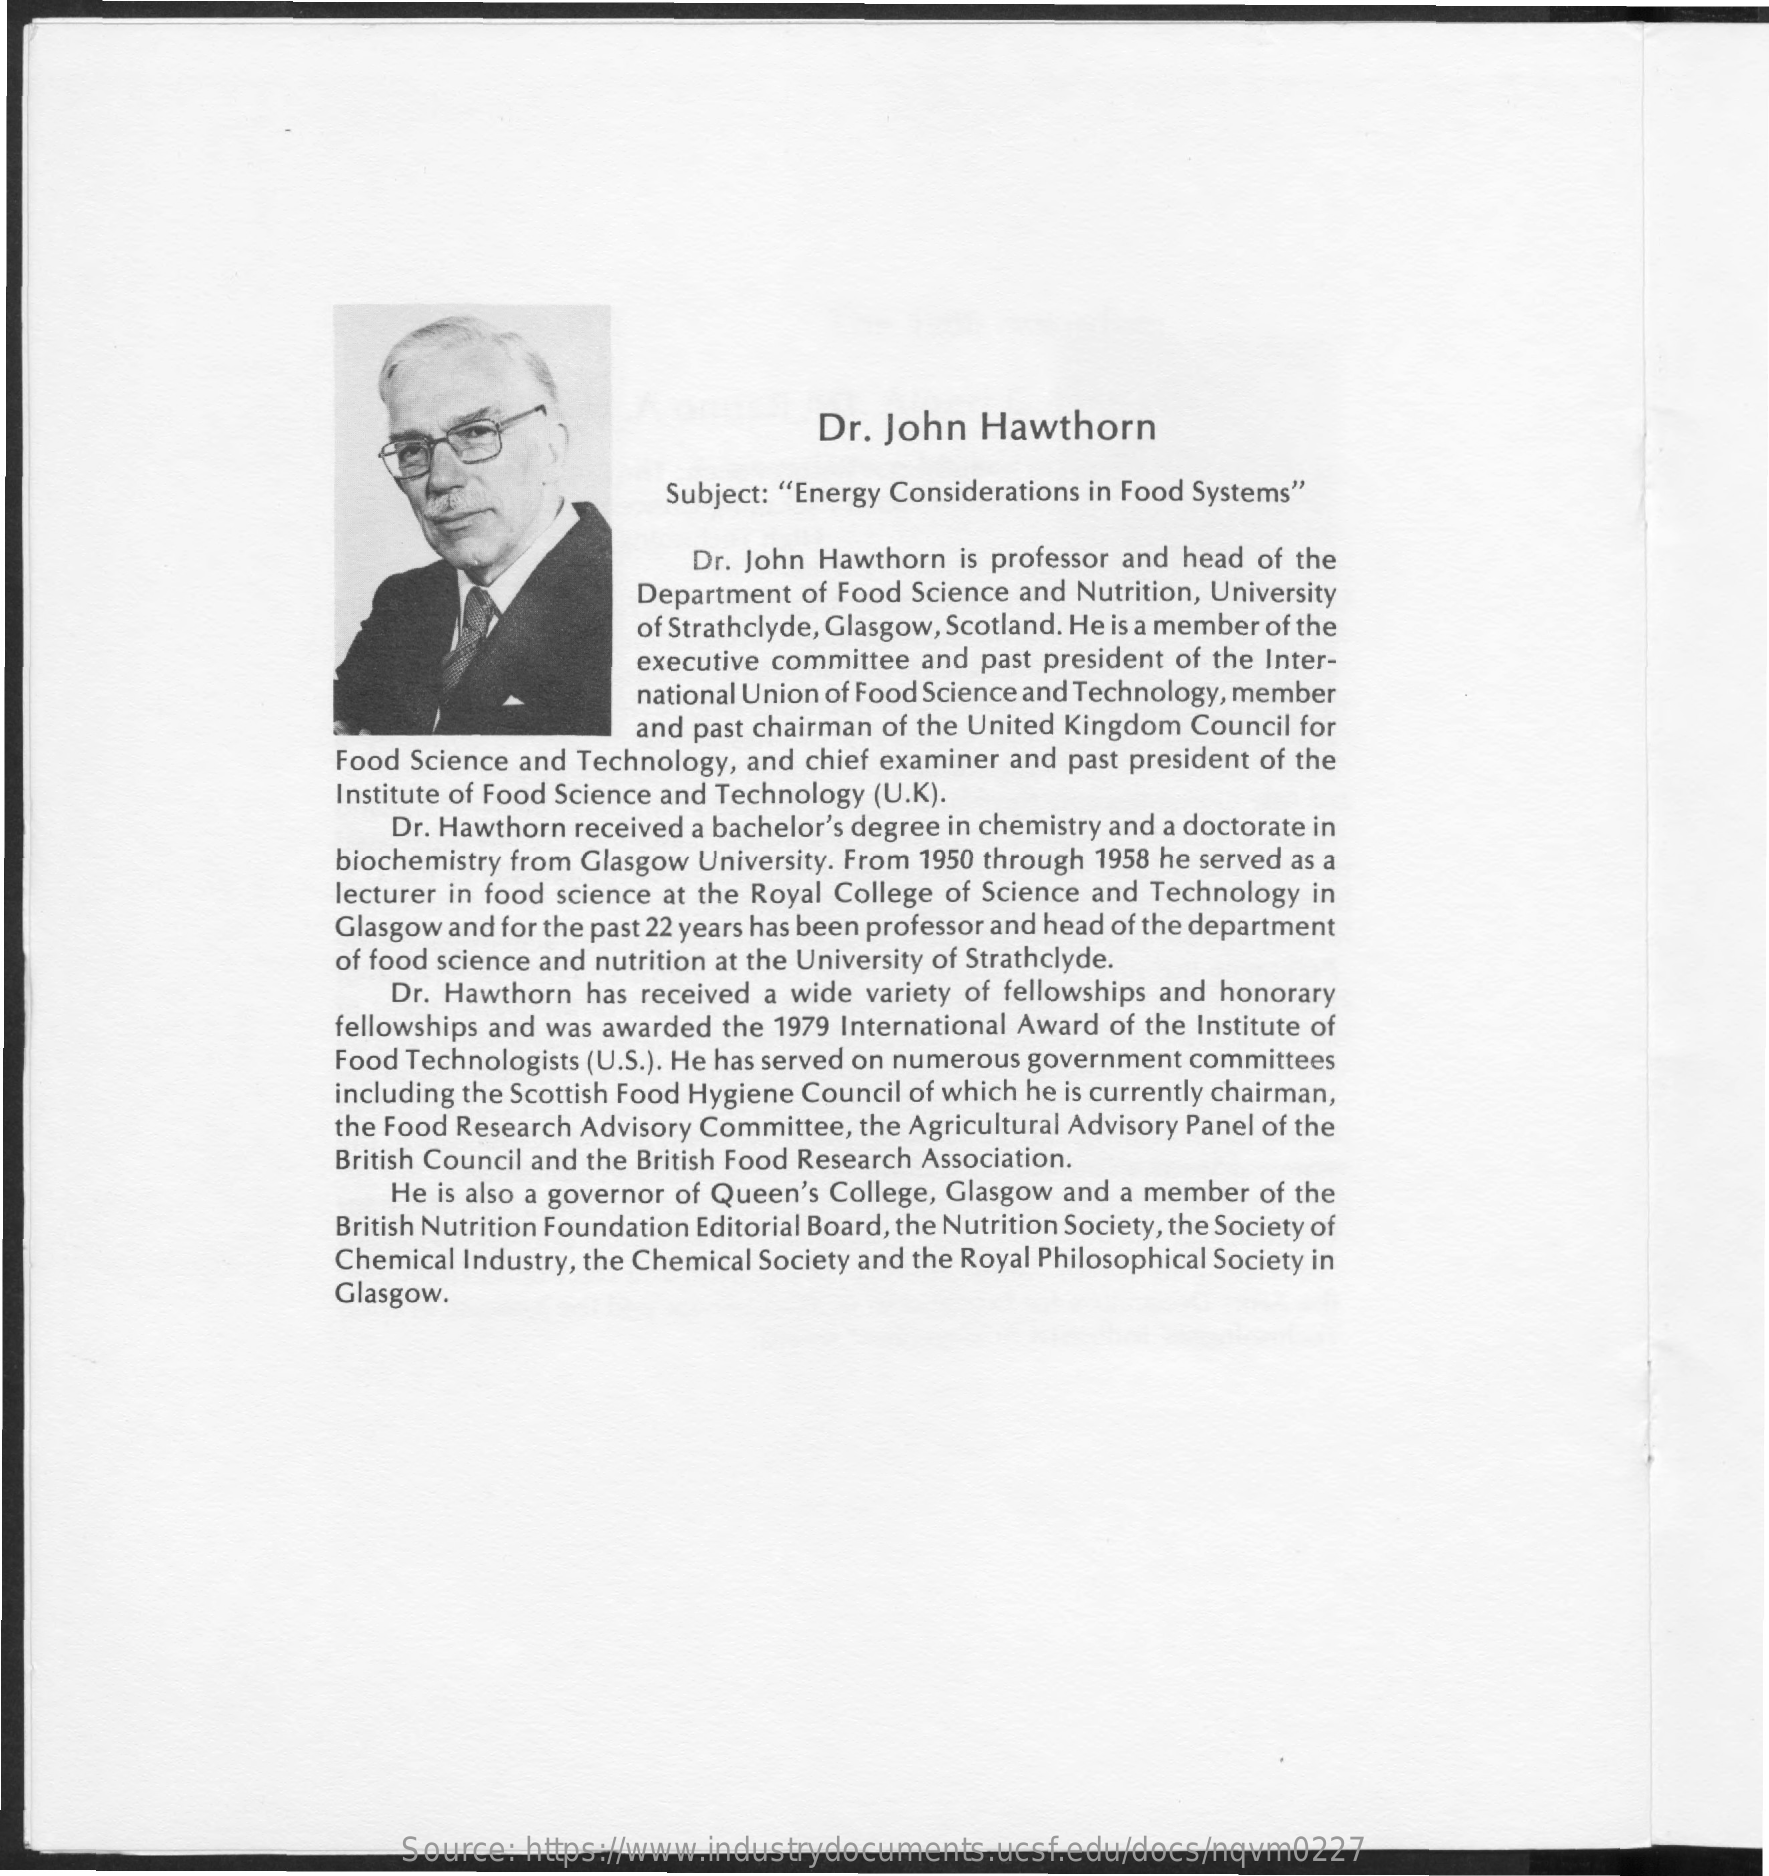
Dr.  John   Hawthorn
     Subject: "Energy Considerations in Food Systems"
     Dr. John Hawthorn  is professor and head of the
     Department  of Food Science and Nutrition, University
     of Strathclyde, Glasgow, Scotland. He is a member of the
     executive committee  and past president of the Inter-
     national Union of Food Science and Technology, member
     and past chairman of the United Kingdom Council for
     Food Science and Technology, and chief examiner and  past president of the
     Institute of Food Science and Technology (U.K).
     Dr. Hawthorn  received a bachelor's degree in chemistry and a doctorate in
     biochemistry from Glasgow University. From 1950 through 1958 he served as a
     lecturer in food science at the Royal College of Science and Technology in
     Glasgow and for the past 22 years has been professor and head of the department
     of food science and nutrition at the University of Strathclyde.
     Dr. Hawthorn  has received a wide  variety of fellowships and honorary
     fellowships and was awarded the 1979 International Award of the Institute of
     Food Technologists (U.S.). He has served on numerous government committees
     including the Scottish Food Hygiene Council of which he is currently chairman,
     the Food Research Advisory Committee, the Agricultural Advisory Panel of the
     British Council and the British Food Research Association.
     He  is also a governor of Queen's College, Glasgow and a member of the
     British Nutrition Foundation Editorial Board, the Nutrition Society, the Society of
     Chemical Industry, the Chemical Society and the Royal Philosophical Society in
     Glasgow.
     Source:  https://www.industrydocuments.ucsf.edu/docs/nqvm0227